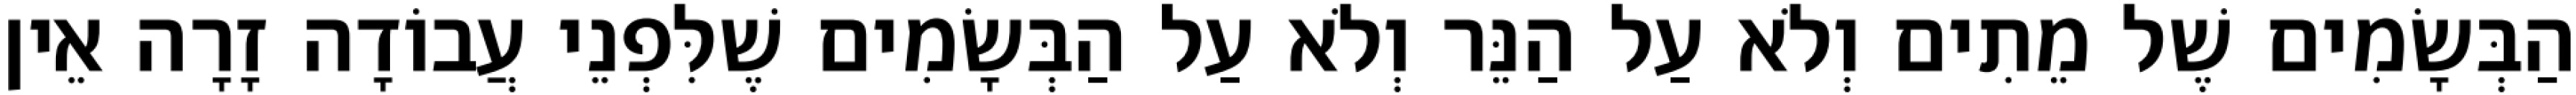
הַבְּשָׂמִים שֶׁל מֵתִים וְלֹא עַל הַנֵּר וְלֹא עַל הַבְּשָׂמִים שֶׁלִּפְנֵי עֲבוֹדָה זָרָה אֵין